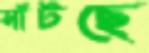
সাঁটছে